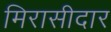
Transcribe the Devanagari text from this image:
मिरासीदार